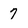
Character: 7